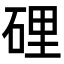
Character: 𥓄